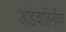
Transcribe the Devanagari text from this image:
अंडवाहिनीचा